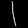
Digit: ၄